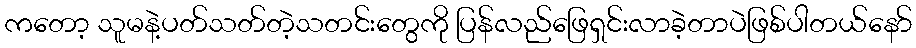
ကတော့ သူမနဲ့ပတ်သတ်တဲ့သတင်းတွေကို ပြန်လည်ဖြေရှင်းလာခဲ့တာပဲဖြစ်ပါတယ်နော်